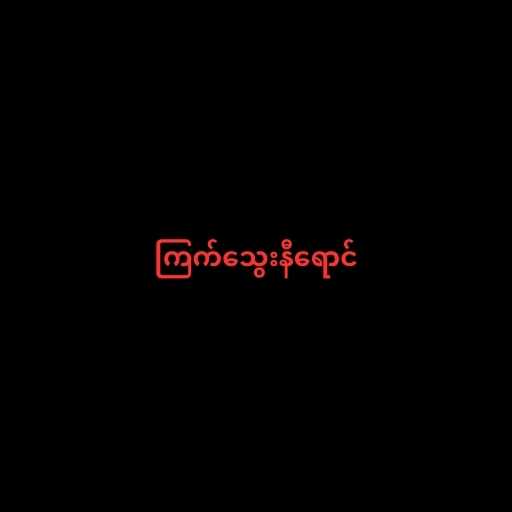
ကြက်သွေးနီရောင်